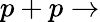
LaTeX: p+p\to